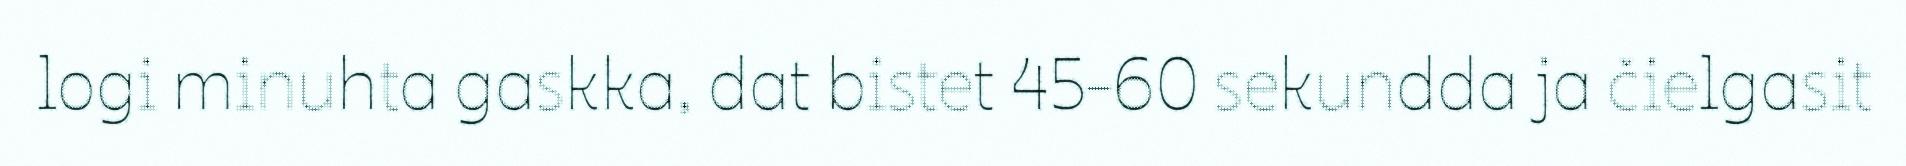
logi minuhta gaskka, dat bistet 45-60 sekundda ja čielgasit